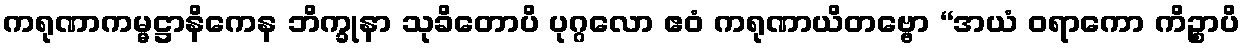
ကရုဏာကမ္မဋ္ဌာနိကေန ဘိက္ခုနာ သုခိတောပိ ပုဂ္ဂလော ဧဝံ ကရုဏာယိတဗ္ဗော “အယံ ဝရာကော ကိဉ္စာပိ